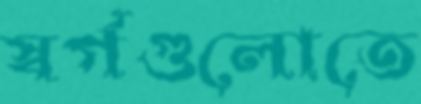
স্বর্গগুলোতে